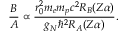
\frac { B } { A } \propto \frac { r _ { 0 } ^ { 2 } m _ { e } m _ { p } c ^ { 2 } R _ { B } ( Z \alpha ) } { g _ { N } \hbar ^ { 2 } R _ { A } ( Z \alpha ) } .